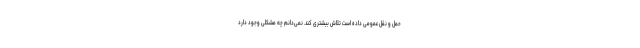
حمل و نقل عمومی داده است تلاش بیشتری کند. نمی‌دانم چه مشکلی وجود دارد